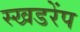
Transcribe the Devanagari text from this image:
स्खडरेंप